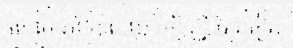
លោកគ្រូវិទ្យាល័យ អៀ វុទ្ធី បានរៀន